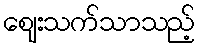
ဈေးသက်သာသည့်